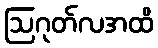
ဩဂုတ်လအထိ